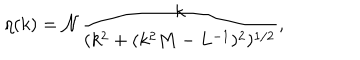
\eta ( k ) = { \cal N } \frac { k } { ( k ^ { 2 } + ( k ^ { 2 } M - L ^ { - 1 } ) ^ { 2 } ) ^ { 1 / 2 } } ,